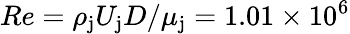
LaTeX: Re=\rho_{\mathrm{j}}U_{\mathrm{j}}D/\mu_{\mathrm{j}}=1.01\times 10^{6}